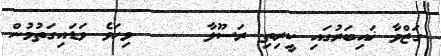
ގަޒްވާ ޚައިބަރުގައި ކީރިތި ރަސޫލާ     ވިހަވެ ވަޑައިގަތުމުން